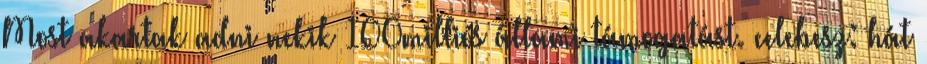
Most akartak adni nekik 100milliós állami támogatást. celebesz: hát